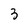
Character: 3